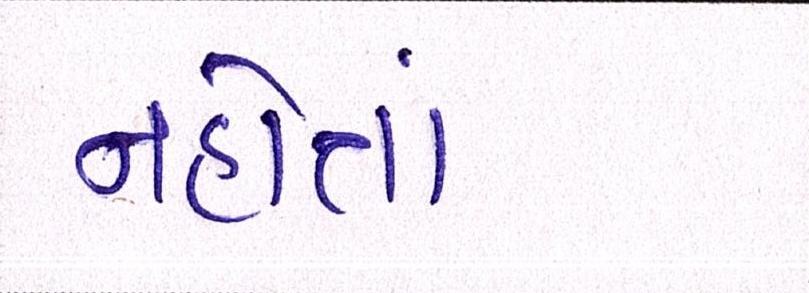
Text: નહોતાં